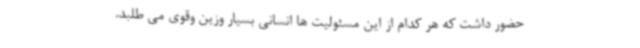
حضور داشت که هر کدام از این مسئولیت ها انسانی بسیار وزین وقوی می طلبد.